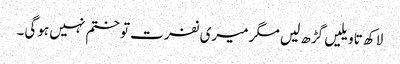
لاکھ تاویلیں گڑھ لیں مگر میری نفرت تو ختم نہیں ہوگی۔